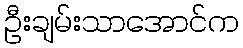
ဦးချမ်းသာအောင်က